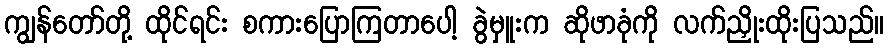
ကျွန်တော်တို့ ထိုင်ရင်း စကားပြောကြတာပေါ့ ခွဲမှူးက ဆိုဖာခုံကို လက်ညှိုးထိုးပြသည်။